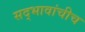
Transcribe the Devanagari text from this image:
सद्‍भावांचीच